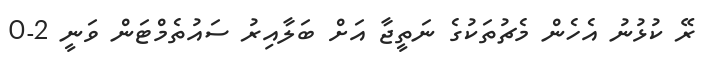
ރޭ ކުޅުނު އެހެން މެޗުތަކުގެ ނަތީޖާ އަށް ބަލާއިރު ސައުތެމްޓަން ވަނީ 2-0